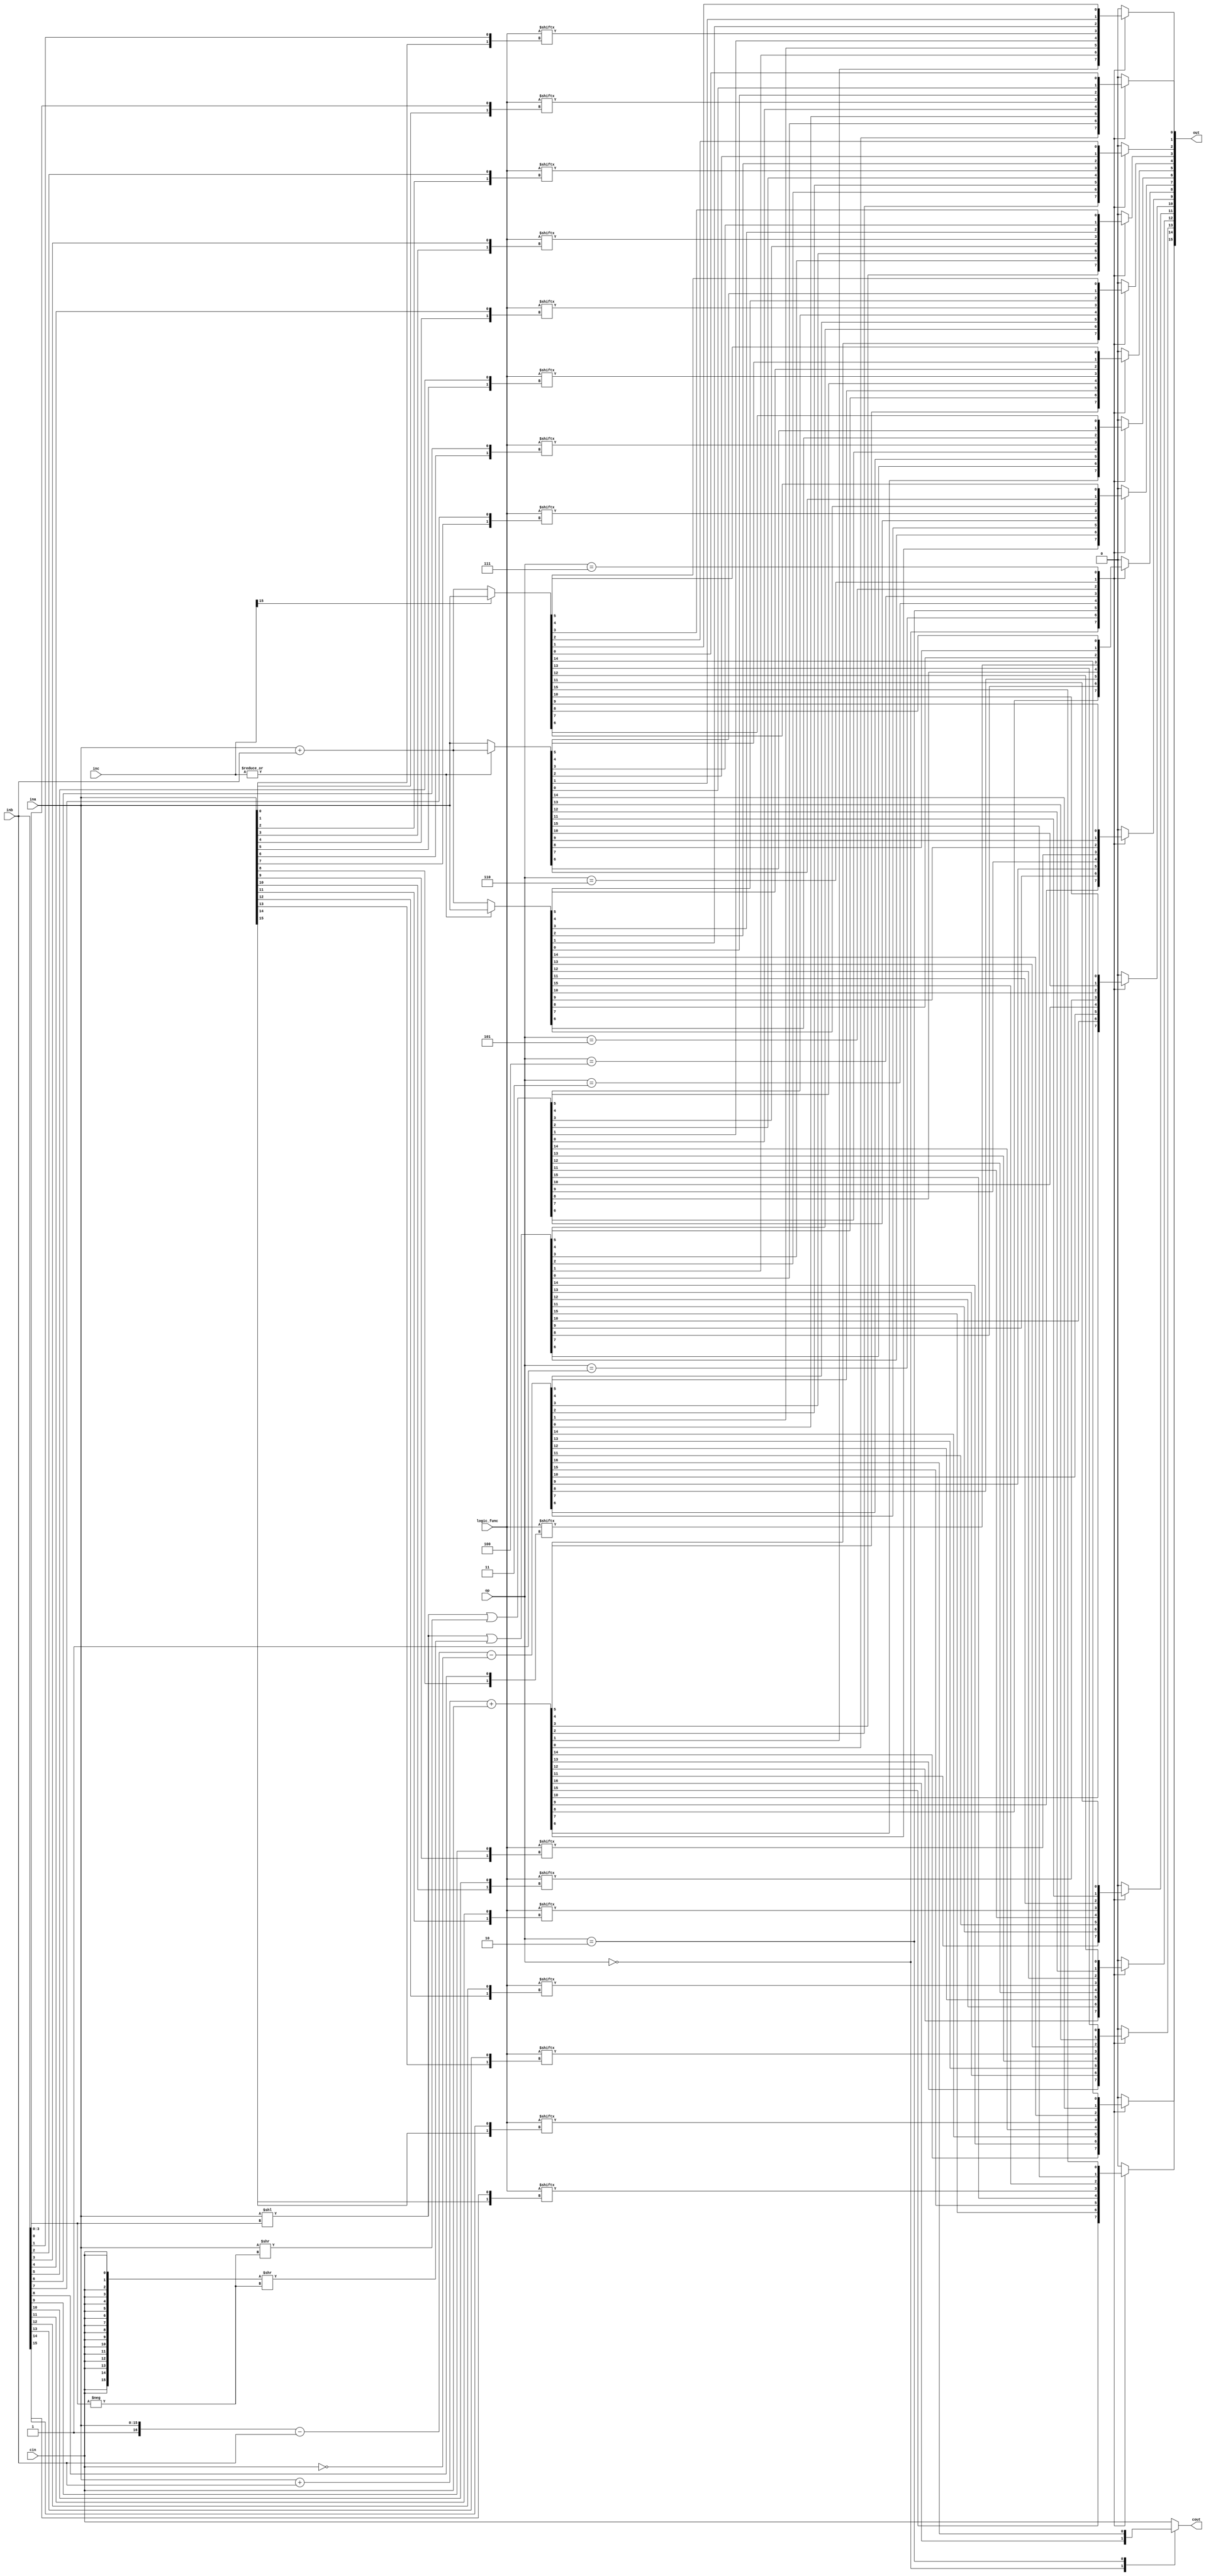
`timescale 1ns / 1ps
//////////////////////////////////////////////////////////////////////////////////
// Company: 
// Engineer: 
// 
// Design Name: 
// Module Name:    alu 
// Project Name: 
// Target Devices: 
// Tool versions: 
// Description: 
//
// Dependencies: 
//
// Revision: 
// Revision 0.01 - File Created
// Additional Comments: 
//
//////////////////////////////////////////////////////////////////////////////////
module alu(
    output reg [15:0] out,
    output reg cout,
    input [3:0] op,
    input [3:0] logic_func,
    input [15:0] ina,
    input [15:0] inb,
    input [15:0] inc,
    input cin
    );
    
    integer i;

    always @(*) begin
        out = 16'b0;
        cout = cin;
        case(op)
            4'b0000 : {cout, out} = ina + inb + cin;
            4'b0001 : out = (ina << inb[3:0]) | ({16{cin}} >> -inb[3:0]);
            4'b0010 : {cout, out} = {1'b1, ina} - inb - ~cin;
            4'b0011 : out = (ina << inb[3:0]) | (ina >> -inb[3:0]);
            4'b0100 : for(i = 0; i < 16; i = i + 1) out[i] = logic_func[{ina[i], inb[i]}];
            4'b0101 : out = (|inc)    ? (ina) : (ina + inb);
            4'b0110 : out = (~|inc)   ? (ina) : (ina + inb);
            4'b0111 : out = (inc[15]) ? (ina) : (ina + inb);
        endcase
    end

endmodule